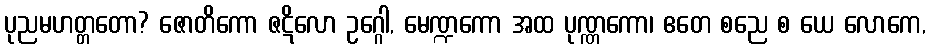
ပုညမဟတ္တတော? ဇောတိကော ဇဋိလော ဥဂ္ဂေါ, မေဏ္ဍကော အထ ပုဏ္ဏကော၊ ဧတေ စညေ စ ယေ လောကေ,